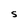
Character: S